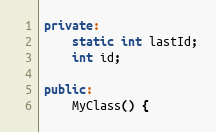
Language: C++
private:
    static int lastId;
    int id;

public:
    MyClass() {